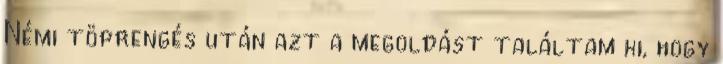
Némi töprengés után azt a megoldást találtam ki, hogy